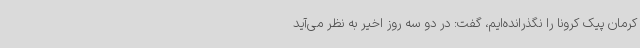
کرمان پیک کرونا را نگذرانده‌ایم، گفت: در دو سه روز اخیر به نظر می‌آید